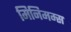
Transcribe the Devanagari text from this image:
मिनिमम्स